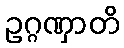
ဥဂ္ဂဏှာတိ